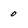
Character: 0